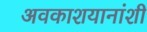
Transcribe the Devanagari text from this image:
अवकाशयानांशी